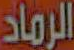
الرماد